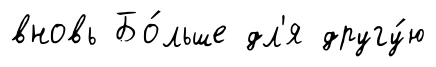
вновь Бо́льше дл'я другу́ю